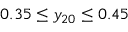
0 . 3 5 \leq y _ { 2 0 } \leq 0 . 4 5